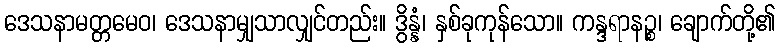
ဒေသနာမတ္တမေဝ၊ ဒေသနာမျှသာလျှင်တည်း။ ဒွိန္နံ၊ နှစ်ခုကုန်သော။ ကန္ဒရာနဉ္စ၊ ချောက်တို့၏